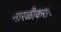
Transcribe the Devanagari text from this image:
नारळीकरांचा